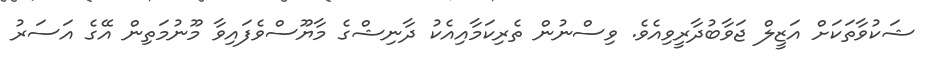
ޝަކުވާތަކަށް އަޒީލް ޖަވާބުދާރީވިިއެވެ. ވިސްނުން ތެރިކަމާއިއެކު ދާނިޝްގެ މާޔޫސްވެފައިވާ މޫނުމަތިން އޭގެ އަސަރު